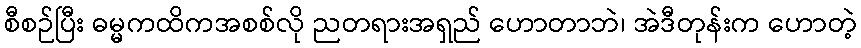
စီစဉ်ပြီး ဓမ္မကထိကအစစ်လို ညတရားအရှည် ဟောတာဘဲ၊ အဲဒီတုန်းက ဟောတဲ့